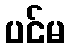
ပင်မ